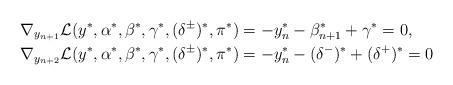
LaTeX: \begin{align*} & \nabla_{y_{n+1}} \mathcal{L} (y^*,\alpha^*,\beta^*,\gamma^*,(\delta^\pm)^*,\pi^*) = -y^*_n - \beta^*_{n+1} + \gamma^* = 0, \\ & \nabla_{y_{n+2}} \mathcal{L} (y^*,\alpha^*,\beta^*,\gamma^*,(\delta^\pm)^*,\pi^*) = -y^*_n - (\delta^-)^* + (\delta^+)^* = 0 \end{align*}